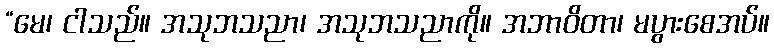
“မေ၊ ငါသည်။ အသုဘသညာ၊ အသုဘသညာကို။ အဘာဝိတာ၊ မပွားစေအပ်။